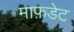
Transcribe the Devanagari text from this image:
माफ़डेट